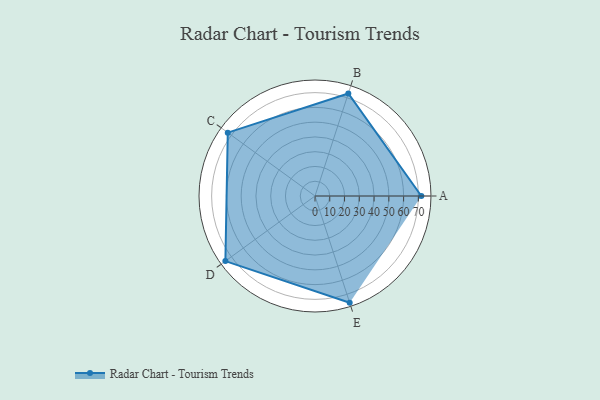
{"axis": {"x": "Skill", "y": "Score"}, "legend": ["Profile"], "data": [{"x": "A", "y": 72.0, "type": "Profile"}, {"x": "B", "y": 73.0, "type": "Profile"}, {"x": "C", "y": 73.0, "type": "Profile"}, {"x": "D", "y": 75.0, "type": "Profile"}, {"x": "E", "y": 76.0, "type": "Profile"}]}